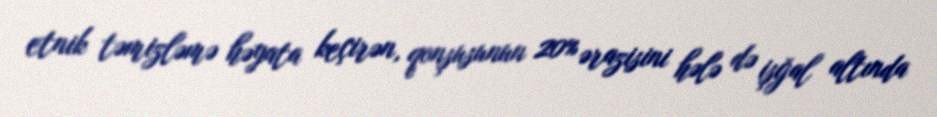
etnik təmizləmə həyata keçirən, qonşusunun 20% ərazisini hələ də işğal altında